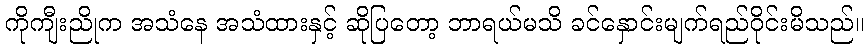
ကိုကျီးညိုက အသံနေ အသံထားနှင့် ဆိုပြတော့ ဘာရယ်မသိ ခင်နှောင်းမျက်ရည်ဝိုင်းမိသည်။